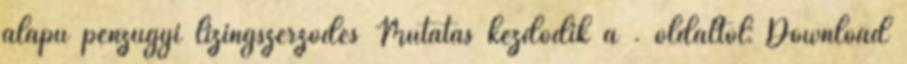
alapú pénzügyi lízingszerződés Mutatás kezdődik a . oldaltól: Download